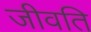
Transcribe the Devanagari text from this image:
जीवति